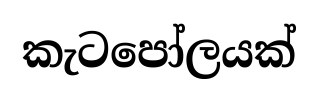
කැටපෝලයක්